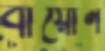
বায়োন